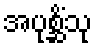
အပုစ္ဆိံသု